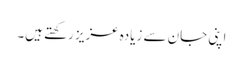
اپنی جان سے زیادہ عزیز رکھتے ہیں۔